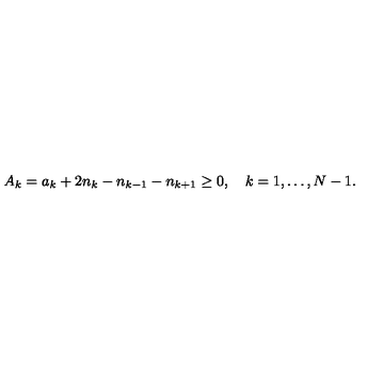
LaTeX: A _ { k } = a _ { k } + 2 n _ { k } - n _ { k - 1 } - n _ { k + 1 } \geq 0 , \quad k = 1 , \ldots , N - 1 .